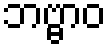
ဘဗ္ဗာဝ